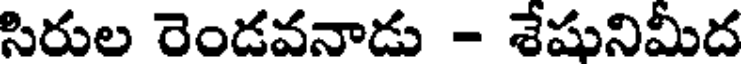
సిరుల రెండవనాడు - శేషునిమీద